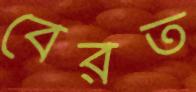
বেরত